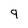
Character: 9